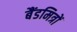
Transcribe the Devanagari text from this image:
बैंडमित्रों